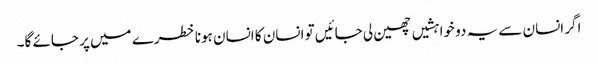
اگر انسان سے یہ دو خواہشیں چھین لی جائیں تو انسان کا انسان ہونا خطرے میں پر جائے گا۔